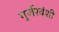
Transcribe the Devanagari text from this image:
गुर्जरवंशी